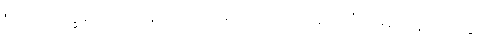
၅၁။ ဘိက္ခဝေ၊ ရဟန်းတို့။ သညောဂဝိသညောဂံ၊ မေထုန်ကျင့်နှင့်